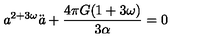
a ^ { 2 + 3 \omega } \ddot { a } + \frac { 4 \pi G ( 1 + 3 \omega ) } { 3 \alpha } = 0